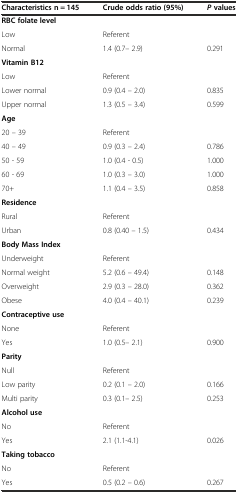
| Characteristics n = 145 | Crude odds ratio (95%) | Pvalues |
 | --- | --- | --- |
 | RBC folate level |  |  |
 | Low | Referent |  |
 | Normal | 1.4 (0.7– 2.9) | 0.291 |
 | Vitamin B12 |  |  |
 | Low | Referent |  |
 | Lower normal | 0.9 (0.4 – 2.0) | 0.835 |
 | Upper normal | 1.3 (0.5 – 3.4) | 0.599 |
 | Age |  |  |
 | 20 – 39 | Referent |  |
 | 40 – 49 | 0.9 (0.3 – 2.4) | 0.786 |
 | 50 - 59 | 1.0 (0.4 - 0.5) | 1.000 |
 | 60 - 69 | 1.0 (0.3 – 3.0) | 1.000 |
 | 70+ | 1.1 (0.4 – 3.5) | 0.858 |
 | Residence |  |  |
 | Rural | Referent |  |
 | Urban | 0.8 (0.40 – 1.5) | 0.434 |
 | Body Mass Index |  |  |
 | Underweight | Referent |  |
 | Normal weight | 5.2 (0.6 – 49.4) | 0.148 |
 | Overweight | 2.9 (0.3 – 28.0) | 0.362 |
 | Obese | 4.0 (0.4 – 40.1) | 0.239 |
 | Contraceptive use |  |  |
 | None | Referent |  |
 | Yes | 1.0 (0.5– 2.1) | 0.900 |
 | Parity |  |  |
 | Null | Referent |  |
 | Low parity | 0.2 (0.1 – 2.0) | 0.166 |
 | Multi parity | 0.3 (0.1– 2.5) | 0.253 |
 | Alcohol use |  |  |
 | No | Referent |  |
 | Yes | 2.1 (1.1-4.1) | 0.026 |
 | Taking tobacco |  |  |
 | No | Referent |  |
 | Yes | 0.5 (0.2 – 0.6) | 0.267 |